Necessitous school children, 1922
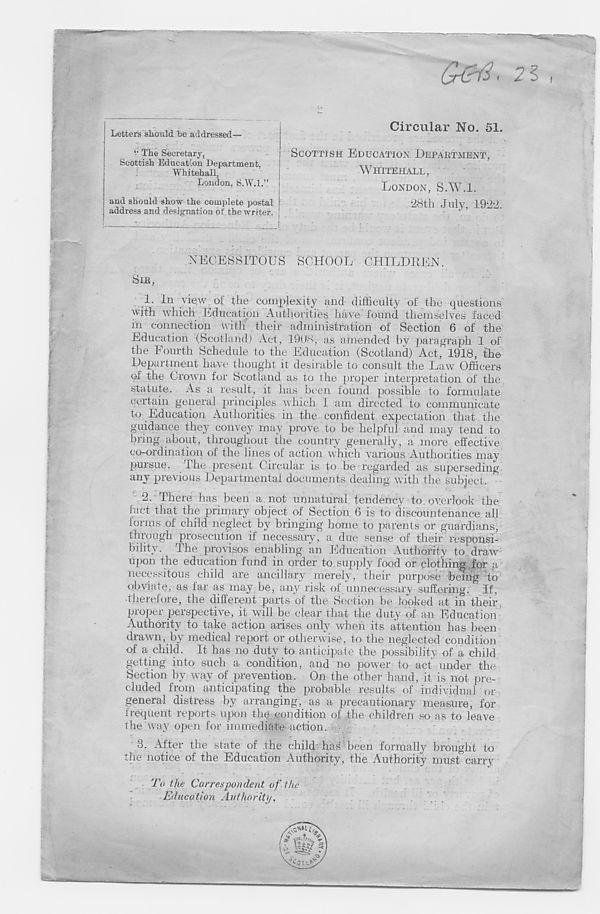
&&1. 21
Letters should he addressed—
V The Secretary,
Scottish Education Department,
Whitehall,
London, S.W.l.”
and should show the complete postal
address and designation of the writer.
Circular No. 51.
SCOTTISH EDUCATION DEPARTMENT,
WHITEHALL,
LONDON, S.W.l.
'28th July, 1922.
NECESSITOUS SCHOOL CHILDREN.
1. In view ol the complexity and difficulty oi the questions
with which Education Authorities have found themselves faced
in connection with their administration of Section 6 of the
Education (Scotland) Act, 1908, as amended bv paragraph 1 of
the Fourth Schedule to the Education (Scotland) Act' 1918, the
Department have thought it desirable to consult the Law Officers
of the Grown for Scotland as to the proper interpretation of the
statute. As a result, it has been found possible to formulate
certain general principles which I am directed to communicate
to Education Authorities in the confident expectation that the
guidance they convey may prove to be helpful and may tend to
bring about, throughout the country generally, a more effective
co-ordination of the lines of action which various Authorities may
pursue. The present Circular is to be regarded as superseding
any previous Departmental documents dealing with the subject.
2. There has been a not unnatural tendency to overlook the
fact that the primary object of Section 6 is to discountenance all
forms of child neglect by bringing home to parents or guardians,
through prosecution if necessary, a due sense of their responsi-
bility. The provisos enabling an Education Authority to draw
upon the education fund in order to supply food or clothing for a
necessitous child are ancillary merely, their purpose being to
obviate, as far as may be, any risk of unnecessary suffering. If,
•therefore, the different parts'of the Section be looked at in their
proper perspective, it will be clear t hat the duty of an Education
Authority to take action arises only when its attention has been
drawn, by medical report or otherwise, to the neglected condition
of a child. It has no duty to anticipate the possibility of a child
getting into such a condition, and no power to act under the
Section by way of prevention. On the other hand, it is not pre-
cluded from anticipating the probable results of individual or
general distress by arranging, as a precautionary measure, for
frequent reports upon the condition of the children so as to leave
the way open for immediate action.
3.
After the state of the chil
the notice of the Education Authority, the Authority must carry
To the Correspondent of the
Education Authority.